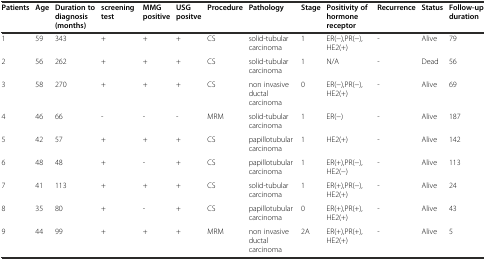
| Patients | Age | Duration to diagnosis (months) | screening test | MMG positive | USG positve | Procedure | Pathology | Stage | Positivity of hormone receptor | Recurrence | Status | Follow-up duration |
 | --- | --- | --- | --- | --- | --- | --- | --- | --- | --- | --- | --- | --- |
 | 1 | 59 | 343 | + | + | + | CS | solid-tubular carcinoma | 1 | ER(−),PR(−),HE2(+) | - | Alive | 79 |
 | 2 | 56 | 262 | + | + | + | CS | solid-tubular carcinoma | 1 | N/A | - | Dead | 56 |
 | 3 | 58 | 270 | + | + | + | CS | non invasive ductal carcinoma | 0 | ER(−),PR(−),HE2(+) | - | Alive | 69 |
 | 4 | 46 | 66 | - | - | - | MRM | solid-tubular carcinoma | 1 | ER(−) | - | Alive | 187 |
 | 5 | 42 | 57 | + | + | + | CS | papillotubular carcinoma | 1 | HE2(+) | - | Alive | 142 |
 | 6 | 48 | 48 | + | - | + | CS | papillotubular carcinoma | 1 | ER(+),PR(−),HE2(−) | - | Alive | 113 |
 | 7 | 41 | 113 | + | + | + | CS | solid-tubular carcinoma | 1 | ER(+),PR(−),HE2(+) | - | Alive | 24 |
 | 8 | 35 | 80 | + | - | + | CS | papillotubular carcinoma | 0 | ER(+),PR(+),HE2(+) | - | Alive | 43 |
 | 9 | 44 | 99 | + | + | + | MRM | non invasive ductal carcinoma | 2A | ER(+),PR(+),HE2(+) | - | Alive | 5 |